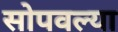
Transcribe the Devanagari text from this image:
सोपवल्या